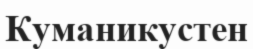
Куманикустен